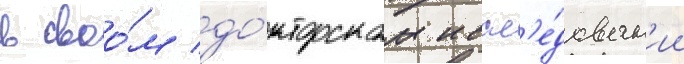
в своо́м до́кторском иссл'е́дован'ии